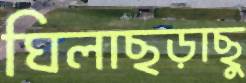
ঘিলাছড়াছু